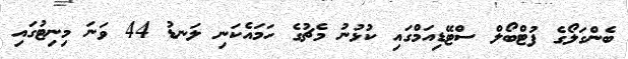
ބެންގަލޯގެ ފުޓްބޯލް ސްޓޭޑިއަމްގައި ކުޅުނު މެޗުގެ ހަމައެކަނި ލަނޑު 44 ވަނަ މިނިޓުގައި